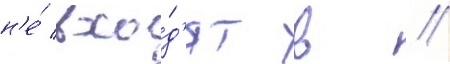
н'е́ вхо́д'ят в //